NAE_EAA_T-354_Tartu_Tamme_Gumnaasium, lk 91
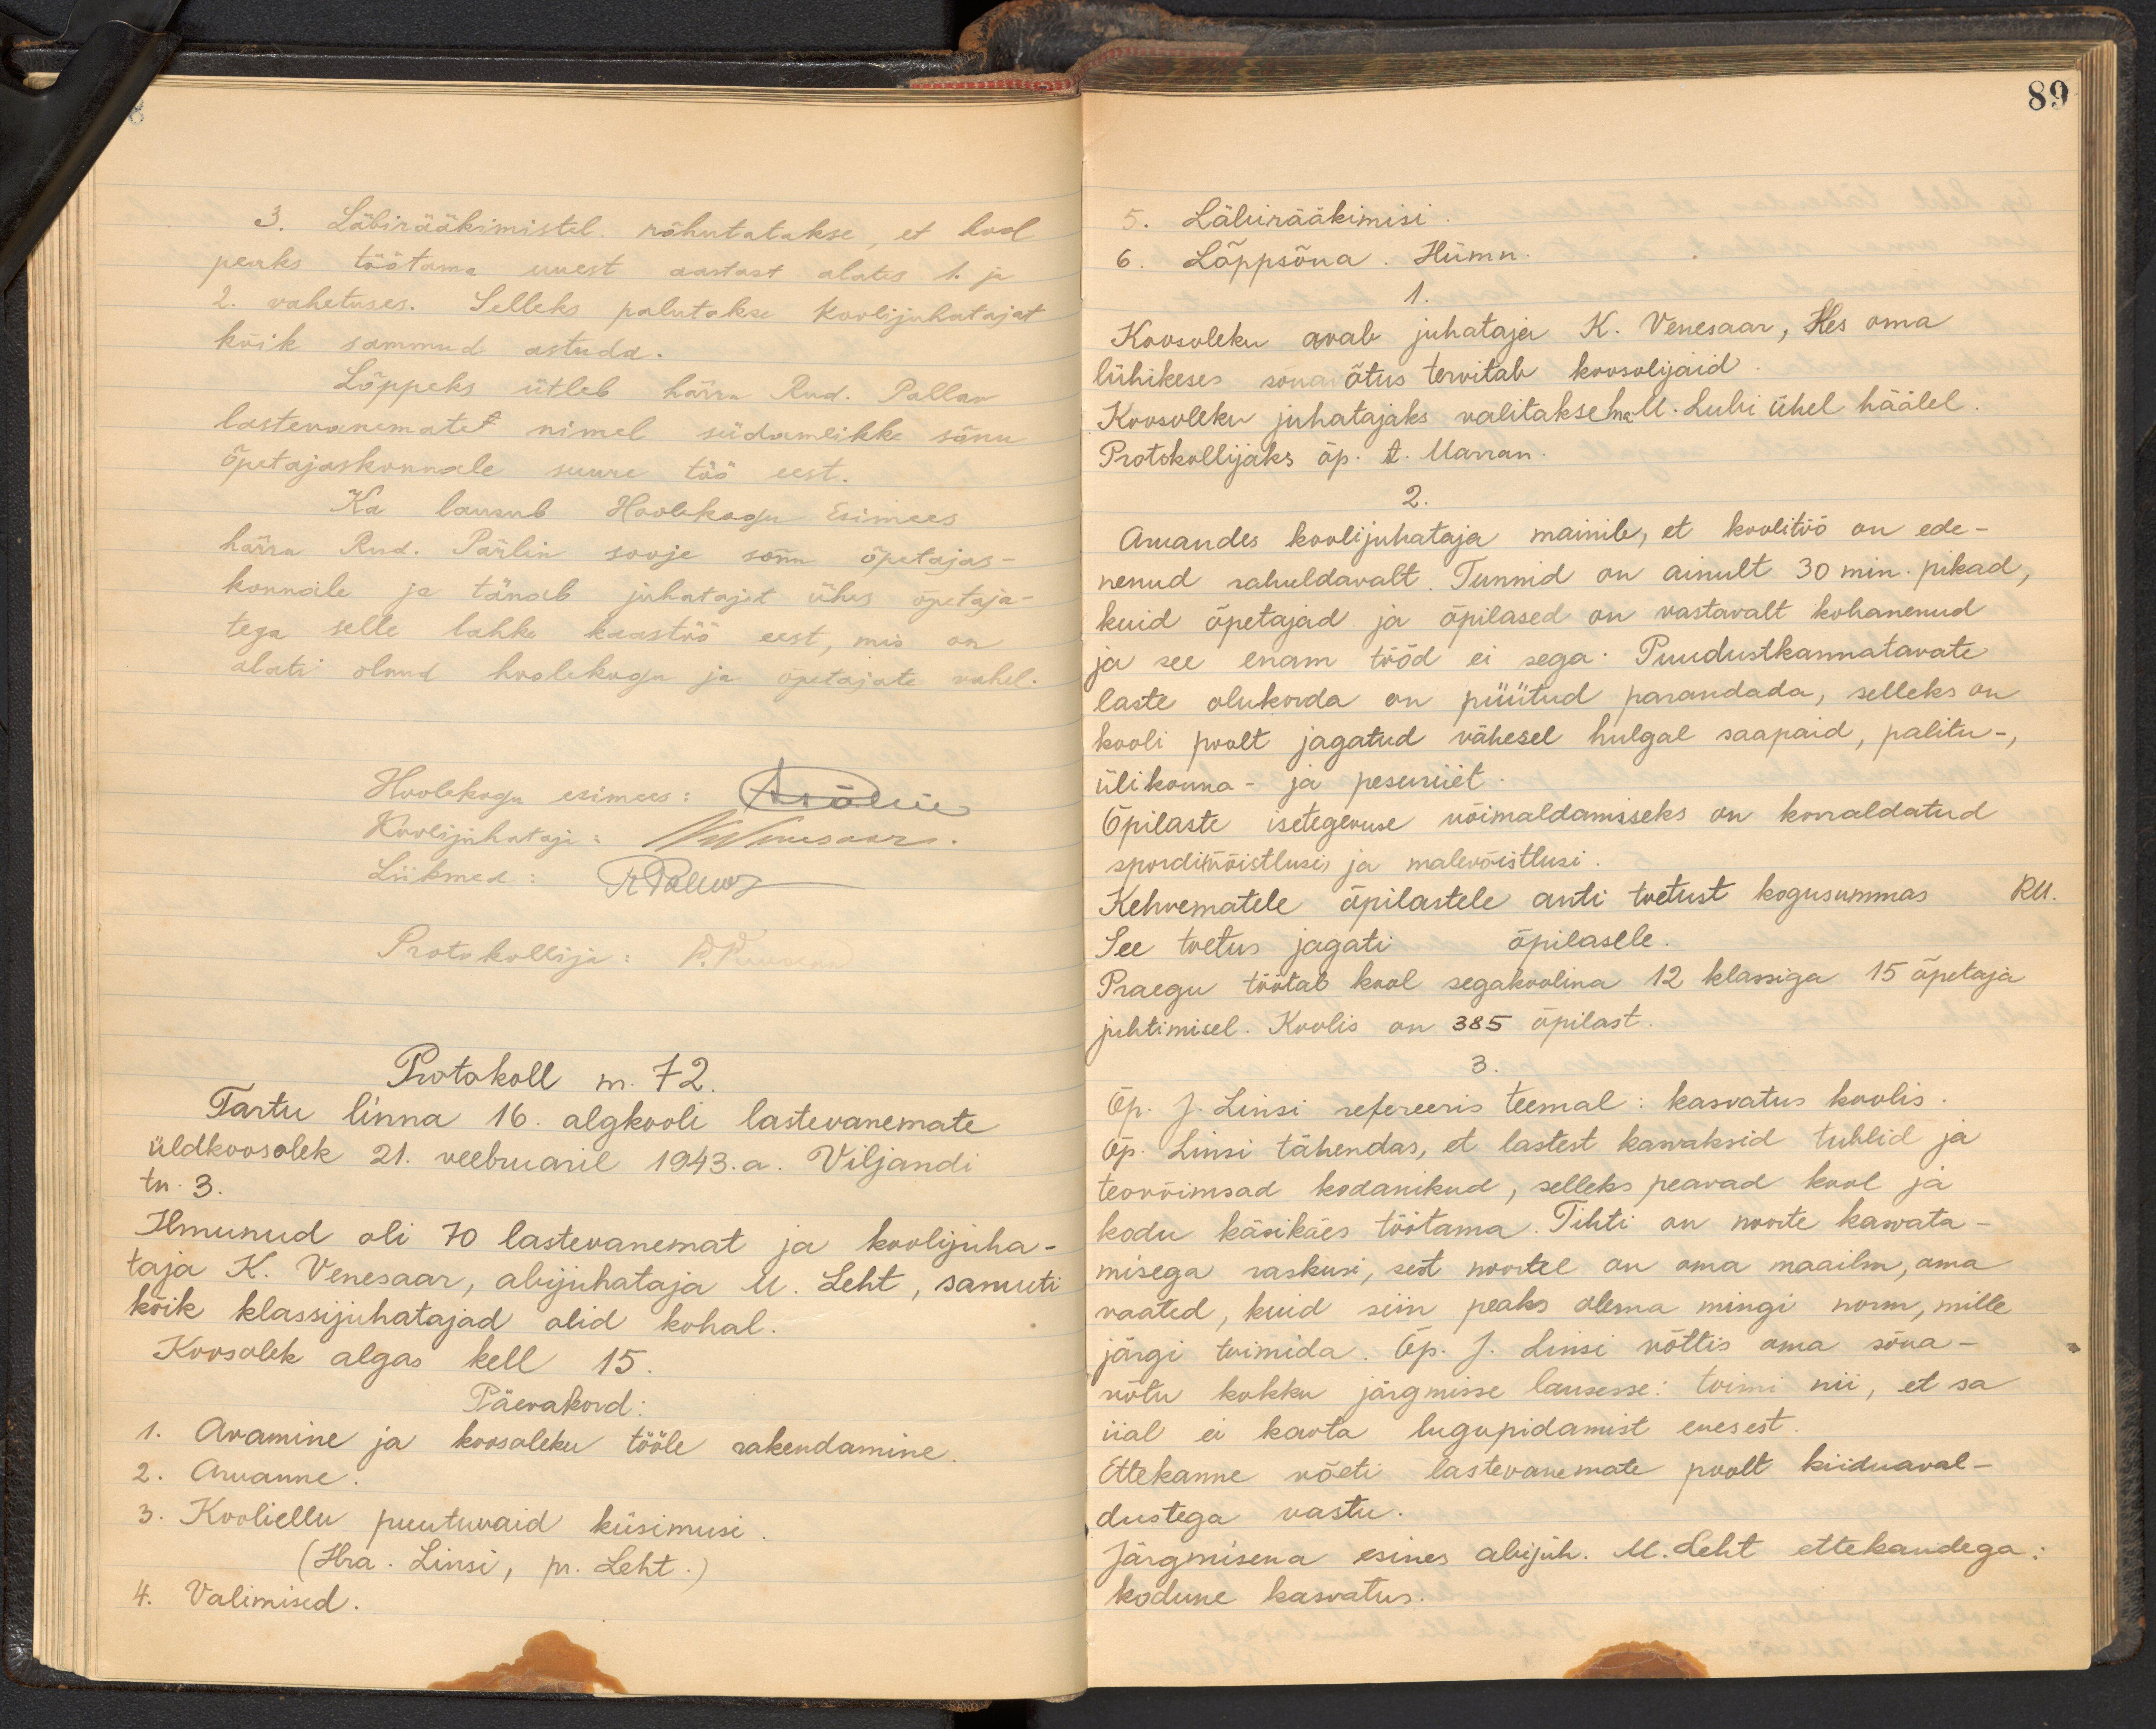
3. Läbirääkimistel rõhutatakse, et kool
peaks töötama uuest aastast alates 1. ja
2. vahetuses. Selleks palutakse koolijuhatajat
kõik sammud astuda.
Lõppeks ütleb härra Rud. Pallav
lastevanematet nimel südamlikke sõnu
õpetajaskonnale suure töö eest.
Ka lausub Hoolekogu Esimees
härra Rud. Pärlin sooje sõnu õpetajas-
konnale ja tänab juhatajat ühes õpetaja-
tega selle lahke kaastöö eest, mis on
alati olnud hoolekogu ja õpetajate vahel.
Hoolekogu esimees: A. Mäe
Koolijuhataja: Wesaar.
Liikmed: JP Talur
Protokollija: P. Pau
Protokoll nr. 72.
Tartu linna 16. algkooli lastevanemate
üldkoosolek 21. veebruaril 1949.a. Viljandi
tn. 3.
Ilmunud oli 70 lastevanemat ja koolijuha-
taja K. Venesaar, abijuhataja M. Leht, samuti,
kõik klassijuhatajad olid kohal.
Koosolek algas kell 15.
Päevakord:
1. Avamine ja koosoleku tööle rakendamine.
2. Aruanne.
3. Kooliellu puutuvaid küsimusi.
(Hra. Linsi, pr. Leht.)
4. Valimised.

89
5. Läbirääkimisi
6. Lõppsõna. Hümn.
1.
Koosoleku avab juhataja K. Venesaar, Kes oma
lühikese sõnavõtus tervitab koosolijaid
Koosoleku juhatajaks valitakse hra. M. Lubi ühel häälel
Protokollijaks õp. A. Marran.
2.
Aruandes koolijuhataja mainib, et koolitöö on ede-
nenud rahuldavalt. Tunnid on ainult 30 min. pikad,
kuid õpetajad ja õpilased on vastavalt kohanenud
ja see enam tööd ei sega. Puudustkannatavate
laste olukorda on püütud parandada, selleks on
kooli poolt jagatud vähesel hulgal saapaid, palitu-,
ülikonna- ja pesuriiet
Õpilaste isetegevuse võimaldamiseks on korraldatud
sportivõistlusi ja malevõistlusi.
Kehvematele õpilastele anti toetust kogusummas RM
See toetus jagati õpilasele.
Praegu töötab kool segakoolina 12 klassiga 15 õpetaja
juhtimisel. Koolis on 385 õpilast
3.
Õp. J. Linsi refereeris teemal: kasvatus koolis.
õp. Linsi tähendas, et lastest kasvaksid tublid ja
teovõimsad kodanikud, selleks peavad kool ja
kodu käsikäes töötama. Tihti on noorte kasvata-
misega raskusi, sest noortel on oma maailm, oma
vaated, kuid siin peaks olema mingi norm, mille
järgi toimida. Õp. J. Linsi võttis oma sõna-
võtu kokku järgmisse lausesse: toimi nii, et sa
iial ei kaota lugupidamist enesest
Ettekanne võeti lastevanemate poolt kiiduaval-
dustega vastu.
Järgmisena esines abijuh. M. Leht ettekandega:
kodune kasvatus.